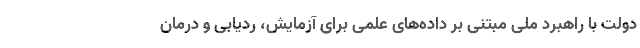
دولت با راهبرد ملی مبتنی بر داده‌های علمی برای آزمایش، ردیابی و درمان